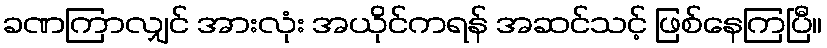
ခဏကြာလျှင် အားလုံး အယိုင်ကရန် အဆင်သင့် ဖြစ်နေကြပြီ။